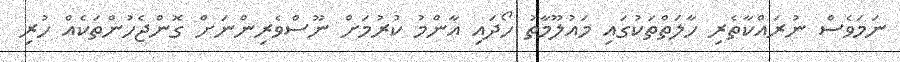
ނަމަވެސް ނުރައްކާތެރި ހާލަތްތަކުގައި މައުލޫމާތު ހޯދައި އާންމު ކުރުމަށް ނޫސްވެރިންނަށް ގޮންޖެހުންތަކެއް ހުރި